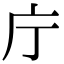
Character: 庁